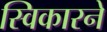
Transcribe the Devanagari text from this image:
स्विकारने